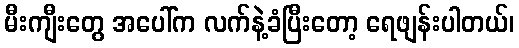
မီးကျီးတွေ အပေါ်က လက်နဲ့ခံပြီးတော့ ရေဖျန်းပါတယ်၊